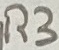
Text: R3